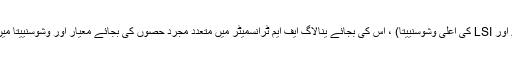
(کم اجزاء کے پرزے اور LSI کی اعلی وشوسنییتا) ، اس کی بجائے ینالاگ ایف ایم ٹرانسمیٹر میں متعدد مجرد حصوں کی بجائے معیار اور وشوسنییتا میں بہت بہتری آئی ہے۔